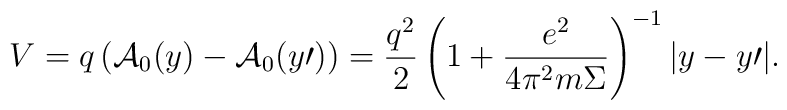
V = q\left( {{\cal A}_0 (y) - {\cal A}_0 ( y{\prime})} \right) =\frac{{q^2 }}{2}\left( {1 + \frac{{e^2 }}{{4\pi ^2 m\Sigma }}}\right)^{ - 1} |y - y{\prime}| .